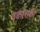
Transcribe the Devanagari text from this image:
वर्करेशकी